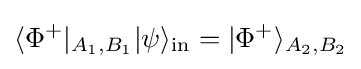
\langle \Phi ^{+}|_{A_{1},B_{1}}|\psi \rangle _{\rm {in}}=|\Phi ^{+}\rangle _{A_{2},B_{2}}